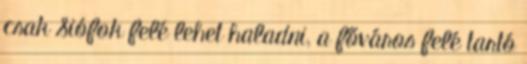
csak Siófok felé lehet haladni, a főváros felé tartó